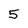
Character: 5